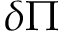
\delta \Pi